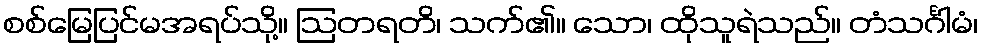
စစ်မြေပြင်မအရပ်သို့။ ဩတရတိ၊ သက်၏။ သော၊ ထိုသူရဲသည်။ တံသင်္ဂါမံ၊